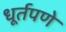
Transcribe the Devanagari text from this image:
धूर्तपणे